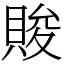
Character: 賐